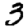
Digit: 3